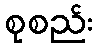
စုစည်း